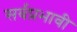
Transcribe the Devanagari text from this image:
सर्वप्रभावी